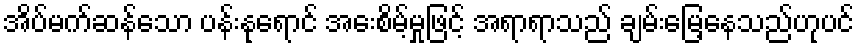
အိပ်မက်ဆန်သော ပန်းနုရောင် အေးစိမ့်မှုဖြင့် အရာရာသည် ချမ်းမြေ့နေသည်ဟုပင်